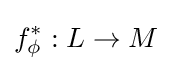
f_{\phi }^{*}:L\rightarrow M